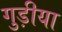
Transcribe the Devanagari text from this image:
गुड़ीया